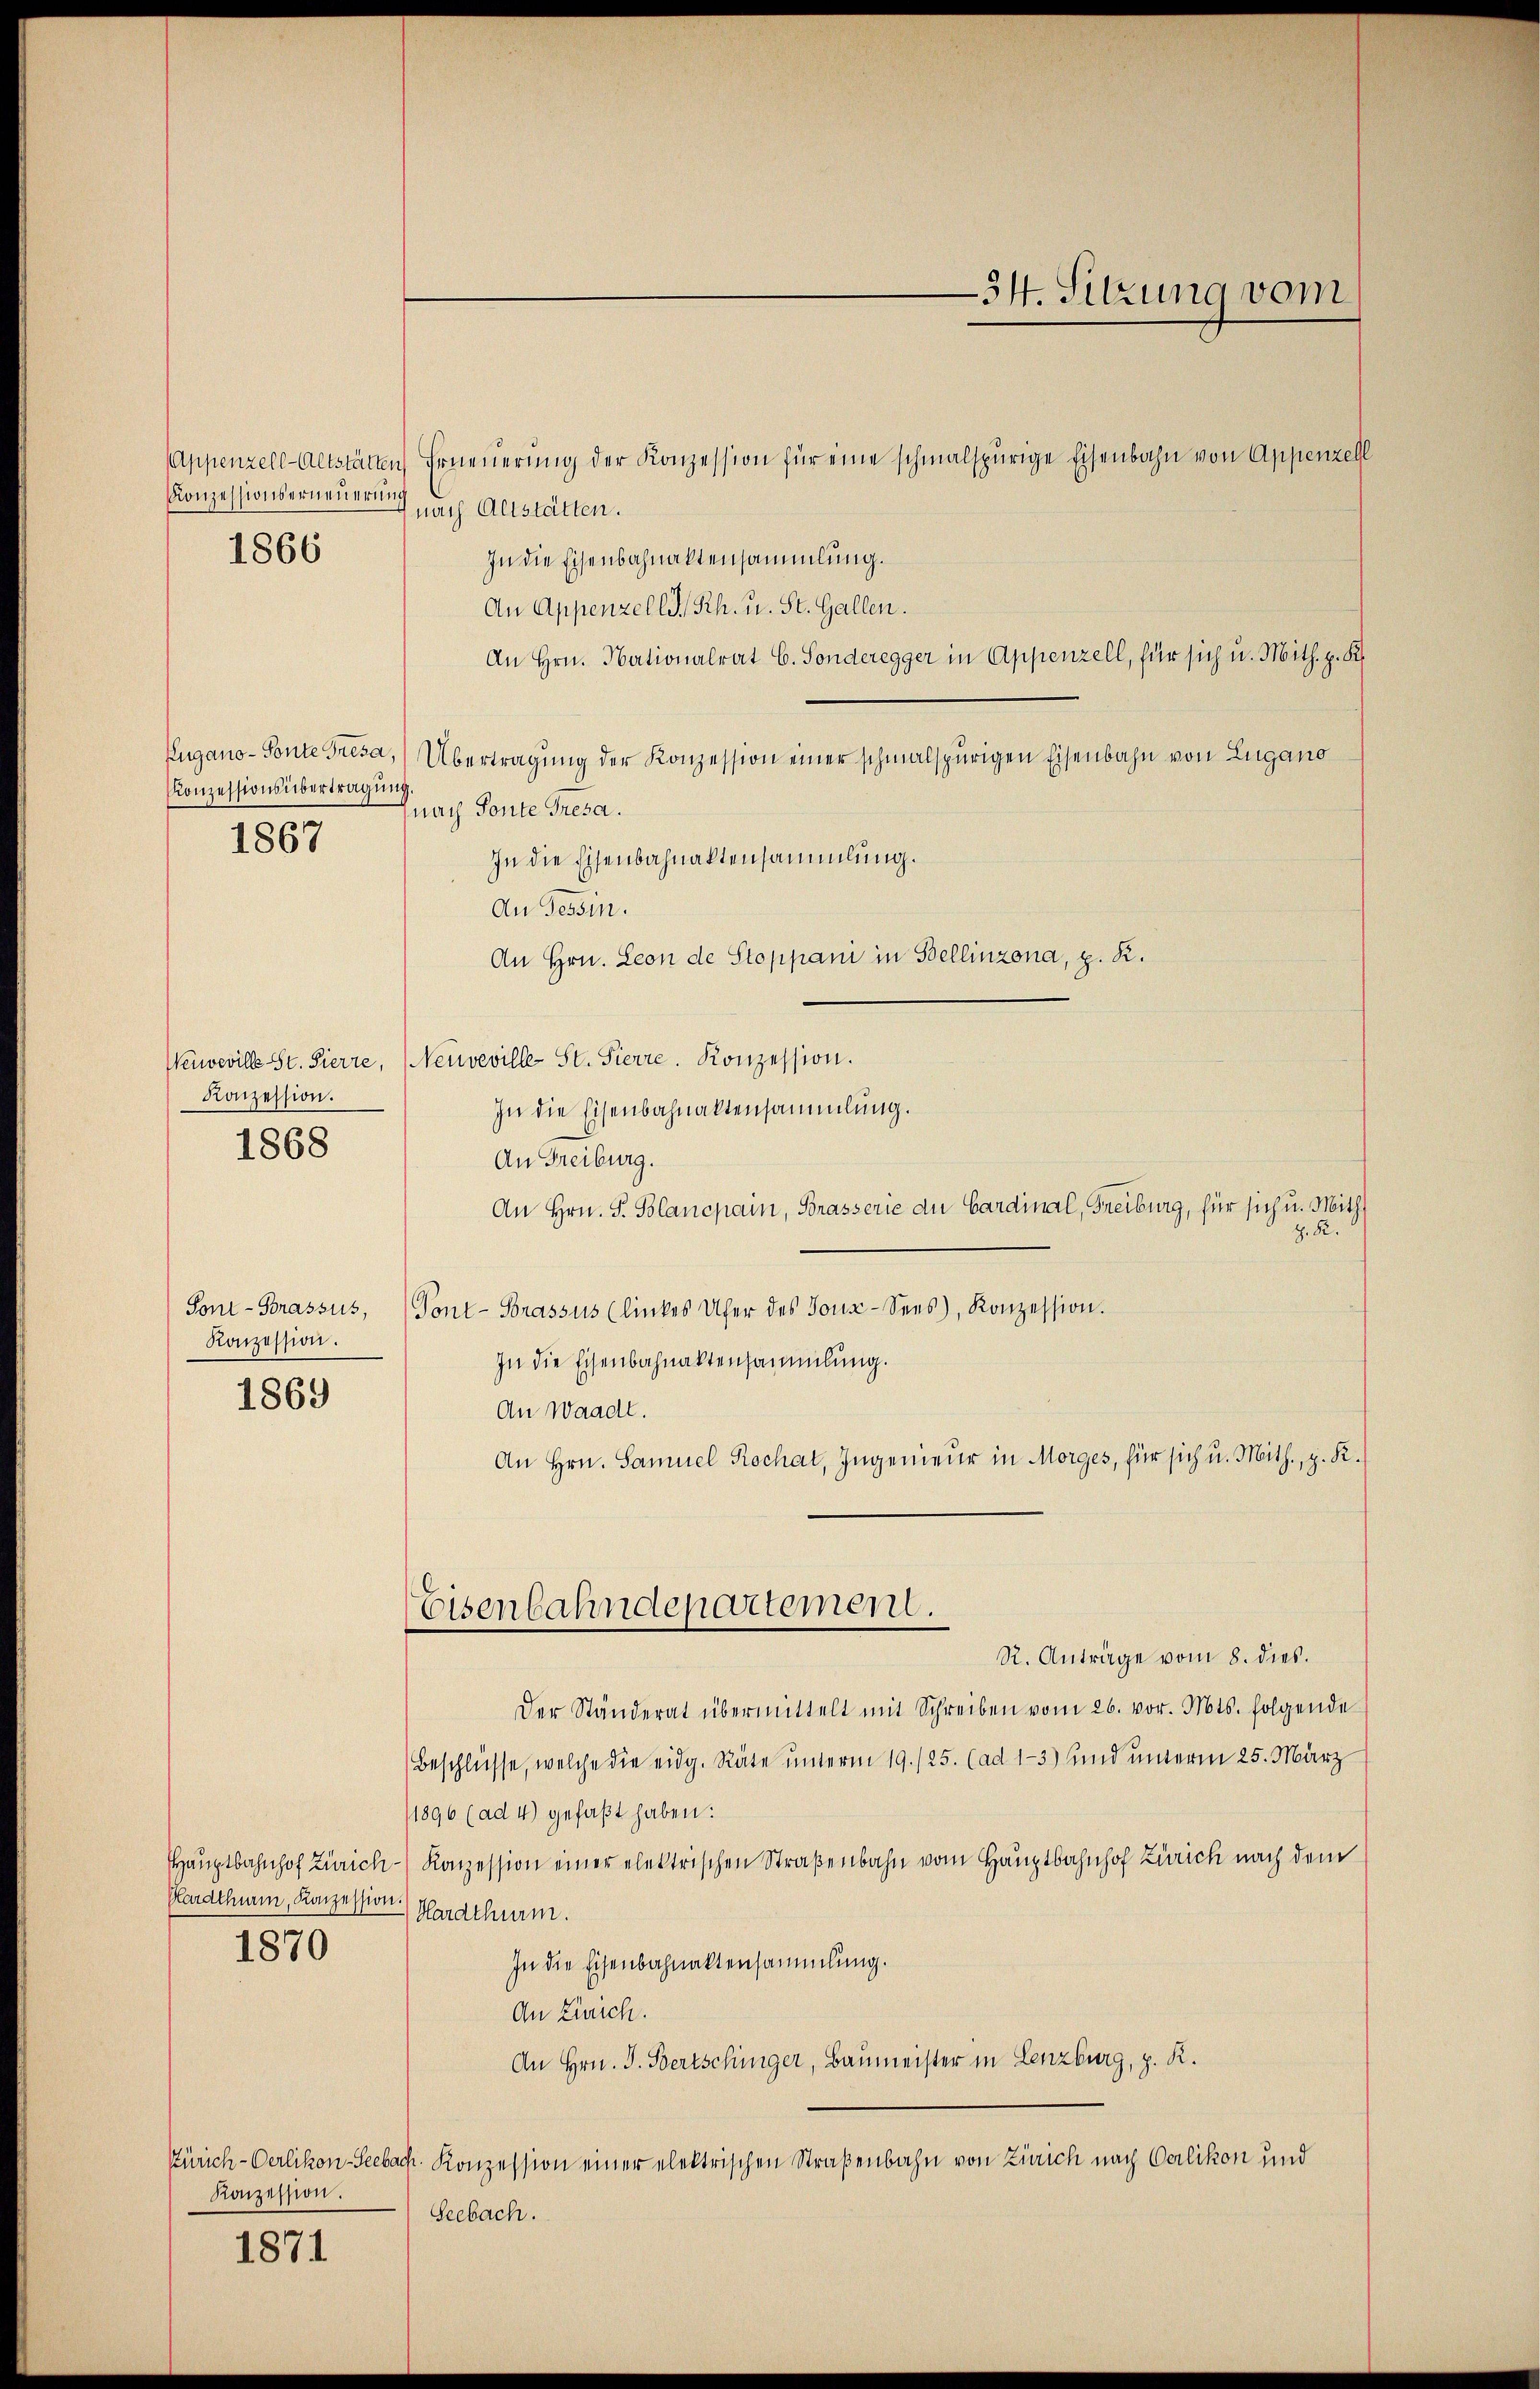
Appenzell-Altstätten Erneŭerŭng der Konzession für eine schmalspurige Eisenbahn von Appenzell
nach Altstätten.
In die Eisenbahnaktensammlung.
An Appenzell I.Rh. u. St. Gallen.
An Hrn. Nationalrat C. Sonderegger in Appenzell, für sich u. Mith. p. K.
Zugano - Ponte Gresa, Übertragung der Konzession einer schmalspurigen Eisenbahn von Lugano
Konzessionsübertragung.
nach Ponte Gresa.
1867
In die Eisenbahnaktensammlung.
An Tessin.
An Hrn. Leon de Stoppani in Bellinzona, p. R.
Weiweville St. Sierre, Neuveville St. Sierre. Konzession.
Konzession.
In die Eisenbahnaktensammlung.
An Freiburg.
An Hrn. S. Blancpain, Brasserie du Cardinal, Freiburg, für sich u. Mithz. R.
Pont-Porassus, Tont-Brassus (linkes Ufer des Joux-Sees), Konzession.
Konzession.
In die Eisenbahnaktensammlung.
1869
An Waadt.
An Hrn. Samuel Rochat, Ingenieur in Morges, für sich u. Mith., z. R.
Eisenbahndepartement.
R. Anträge vom 8. dies.
Der Ständerat übermittelt mit Schreiben vom 26. vor. Mts. folgende
Beschlüsse, welche die eidg. Räte ŭnterm 19./25. (ad 1-3) und unterm 25. März
/1896 (ad 4) gefaßt haben.
Haŭptbahnhof Zürich Konzession einer elektrischen Straßenbahn vom Hauptbahnhof Zürich nach dem
Hardthurm, Konzession.
Hardthurm.
1870
In die Eisenbahnaktensammlung.
An Zürich.
An Hrn. J. Bertschinger, Baumeister in Lenzburg, z. R.
Zürich-Oerlikon-Seebach. Konzession einer elektrischen Straßenbahn von Zürich nach Oerlikon und
Konzession.
Seebach.

Konzessionserneuerung

1866

1868

1871

—34. Sitzung vom